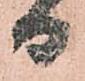
日